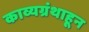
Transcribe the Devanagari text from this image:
काव्यग्रंथाहून